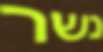
נשר